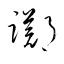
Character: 躑